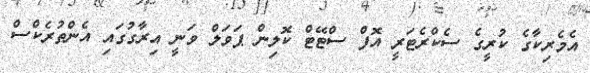
އެމެރިކާގެ ކުރީގެ ސެކްރެޓަރީ އޮފް ސްޓޭޓް ކޮލިން ޕަވަލް ވަނީ އިރާގުގައި އެންތުރެކްސް